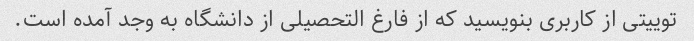
توییتی از کاربری بنویسید که از فارغ التحصیلی از دانشگاه به وجد آمده است.